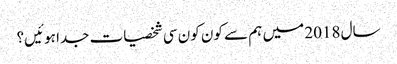
سال 2018 میں ہم سے کون کون سی شخصیات جدا ہوئیں؟